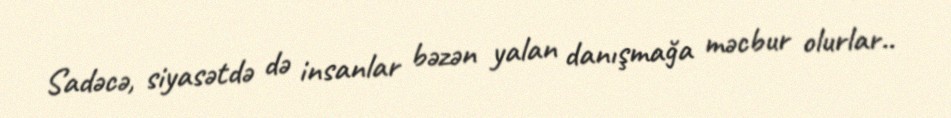
Sadəcə, siyasətdə də insanlar bəzən yalan danışmağa məcbur olurlar..